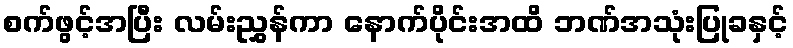
စက်ဖွင့်အပြီး လမ်းညွှန်ကာ နောက်ပိုင်းအထိ ဘဏ်အသုံးပြုခနှင့်